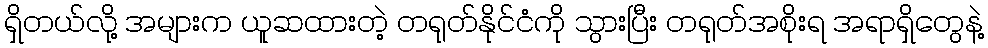
ရှိတယ်လို့ အများက ယူဆထားတဲ့ တရုတ်နိုင်ငံကို သွားပြီး တရုတ်အစိုးရ အရာရှိတွေနဲ့